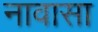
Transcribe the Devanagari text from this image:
नावासा